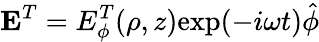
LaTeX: \textbf{E}^{T}=E_{\phi}^{T}(\rho,z)\textrm{exp}(-i\omega t)\hat{\phi}